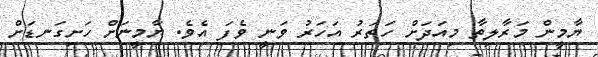
ޔާމީން މަރާލިތާ މިއަދަށް ހަތަރު އަހަރު ވަނީ ވެފަ އެވެ. ޔާމީނަށް ހަށިގަނޑަށް